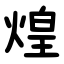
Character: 煌